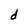
Character: d